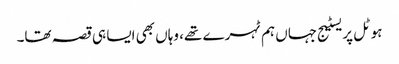
ہوٹل پریسٹیج جہاں ہم ٹہرے تھے، وہاں بھی ایسا ہی قصہ تھا۔